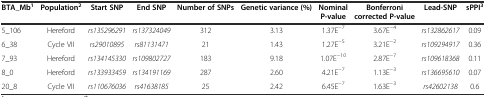
<table><thead><tr><td><b>BTA_Mb<sup>1</sup></b></td><td><b>Population<sup>2</sup></b></td><td><b>Start SNP</b></td><td><b>End SNP</b></td><td><b>Number of SNPs</b></td><td><b>Genetic variance (%)</b></td><td><b>Nominal P-value</b></td><td><b>Bonferroni corrected P-value</b></td><td><b>Lead-SNP</b></td><td><b>sPPI<sup>3</sup></b></td></tr></thead><tbody><tr><td>5_106</td><td>Hereford</td><td><i>rs135296291</i></td><td><i>rs137324049</i></td><td>312</td><td>3.13</td><td>1.37E<sup>−7</sup></td><td>3.67E<sup>−4</sup></td><td><i>rs132862617</i></td><td>0.09</td></tr><tr><td>6_38</td><td>Cycle VII</td><td><i>rs29010895</i></td><td><i>rs81131471</i></td><td>21</td><td>1.43</td><td>1.27E<sup>−5</sup></td><td>3.21E<sup>−2</sup></td><td><i>rs109294917</i></td><td>0.36</td></tr><tr><td>7_93</td><td>Hereford</td><td><i>rs134145330</i></td><td><i>rs109802727</i></td><td>183</td><td>9.18</td><td>1.07E<sup>−10</sup></td><td>2.87E<sup>−7</sup></td><td><i>rs109618368</i></td><td>0.11</td></tr><tr><td>8_0</td><td>Hereford</td><td><i>rs133933459</i></td><td><i>rs134191169</i></td><td>287</td><td>2.60</td><td>4.21E<sup>−7</sup></td><td>1.13E<sup>−3</sup></td><td><i>rs136695610</i></td><td>0.07</td></tr><tr><td>20_8</td><td>Cycle VII</td><td><i>rs110676036</i></td><td><i>rs41638185</i></td><td>25</td><td>2.42</td><td>6.45E<sup>−7</sup></td><td>1.63E<sup>−3</sup></td><td><i>rs42602138</i></td><td>0.6</td></tr></tbody></table>